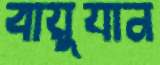
বায়ুযান